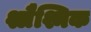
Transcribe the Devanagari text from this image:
श्लैश्मिक